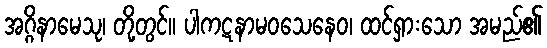
အဂ္ဂိနာမေသု၊ တို့တွင်။ ပါကဋနာမဝသေနေဝ၊ ထင်ရှားသော အမည်၏